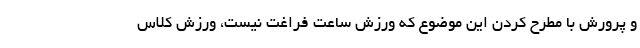
و پرورش با مطرح کردن این موضوع که ورزش ساعت فراغت نیست، ورزش کلاس